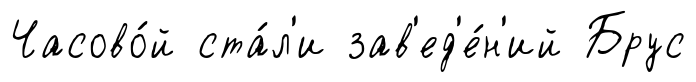
Часово́й ста́л'и зав'ед'е́н'ий Брус